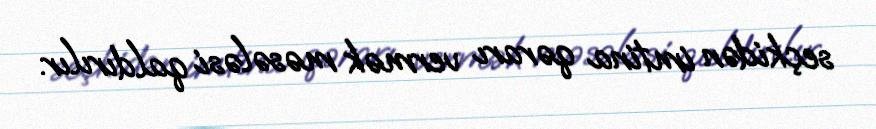
seçkidən imtina qərarı vermək məsələsi qaldırılır.